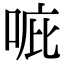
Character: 𠳓